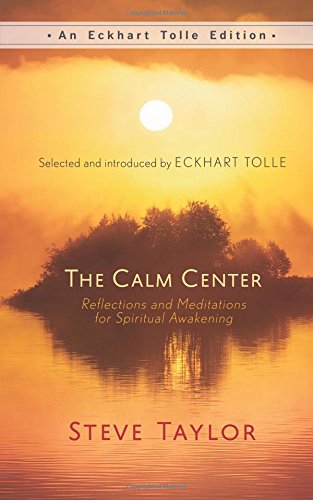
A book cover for The Calm Center: Reflections and Meditations for Spiritual Awakening (An Eckhart Tolle Edition); Steve Taylor; Religion & Spirituality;